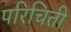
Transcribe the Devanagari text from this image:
परिचिती